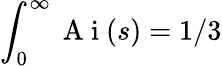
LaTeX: \int_{0}^{\infty}\mathrm{~A~i~}(s)=1/3